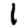
Digit: 1